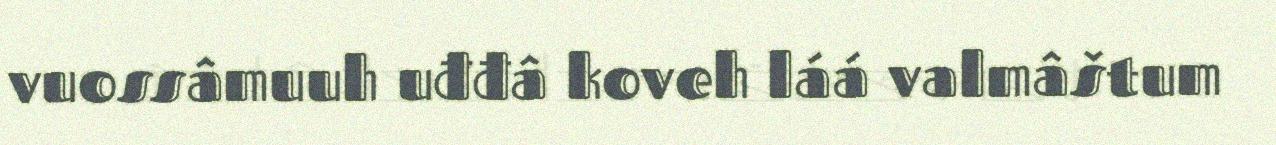
vuossâmuuh uđđâ koveh láá valmâštum